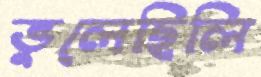
ভুলেছিলি